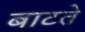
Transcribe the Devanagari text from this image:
बाटते